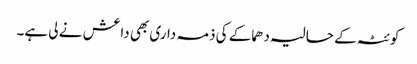
کوئٹہ کے حالیہ دھماکے کی ذمہ داری بھی داعش نے لی ہے۔